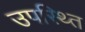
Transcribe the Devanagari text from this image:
उपस्थ्ति